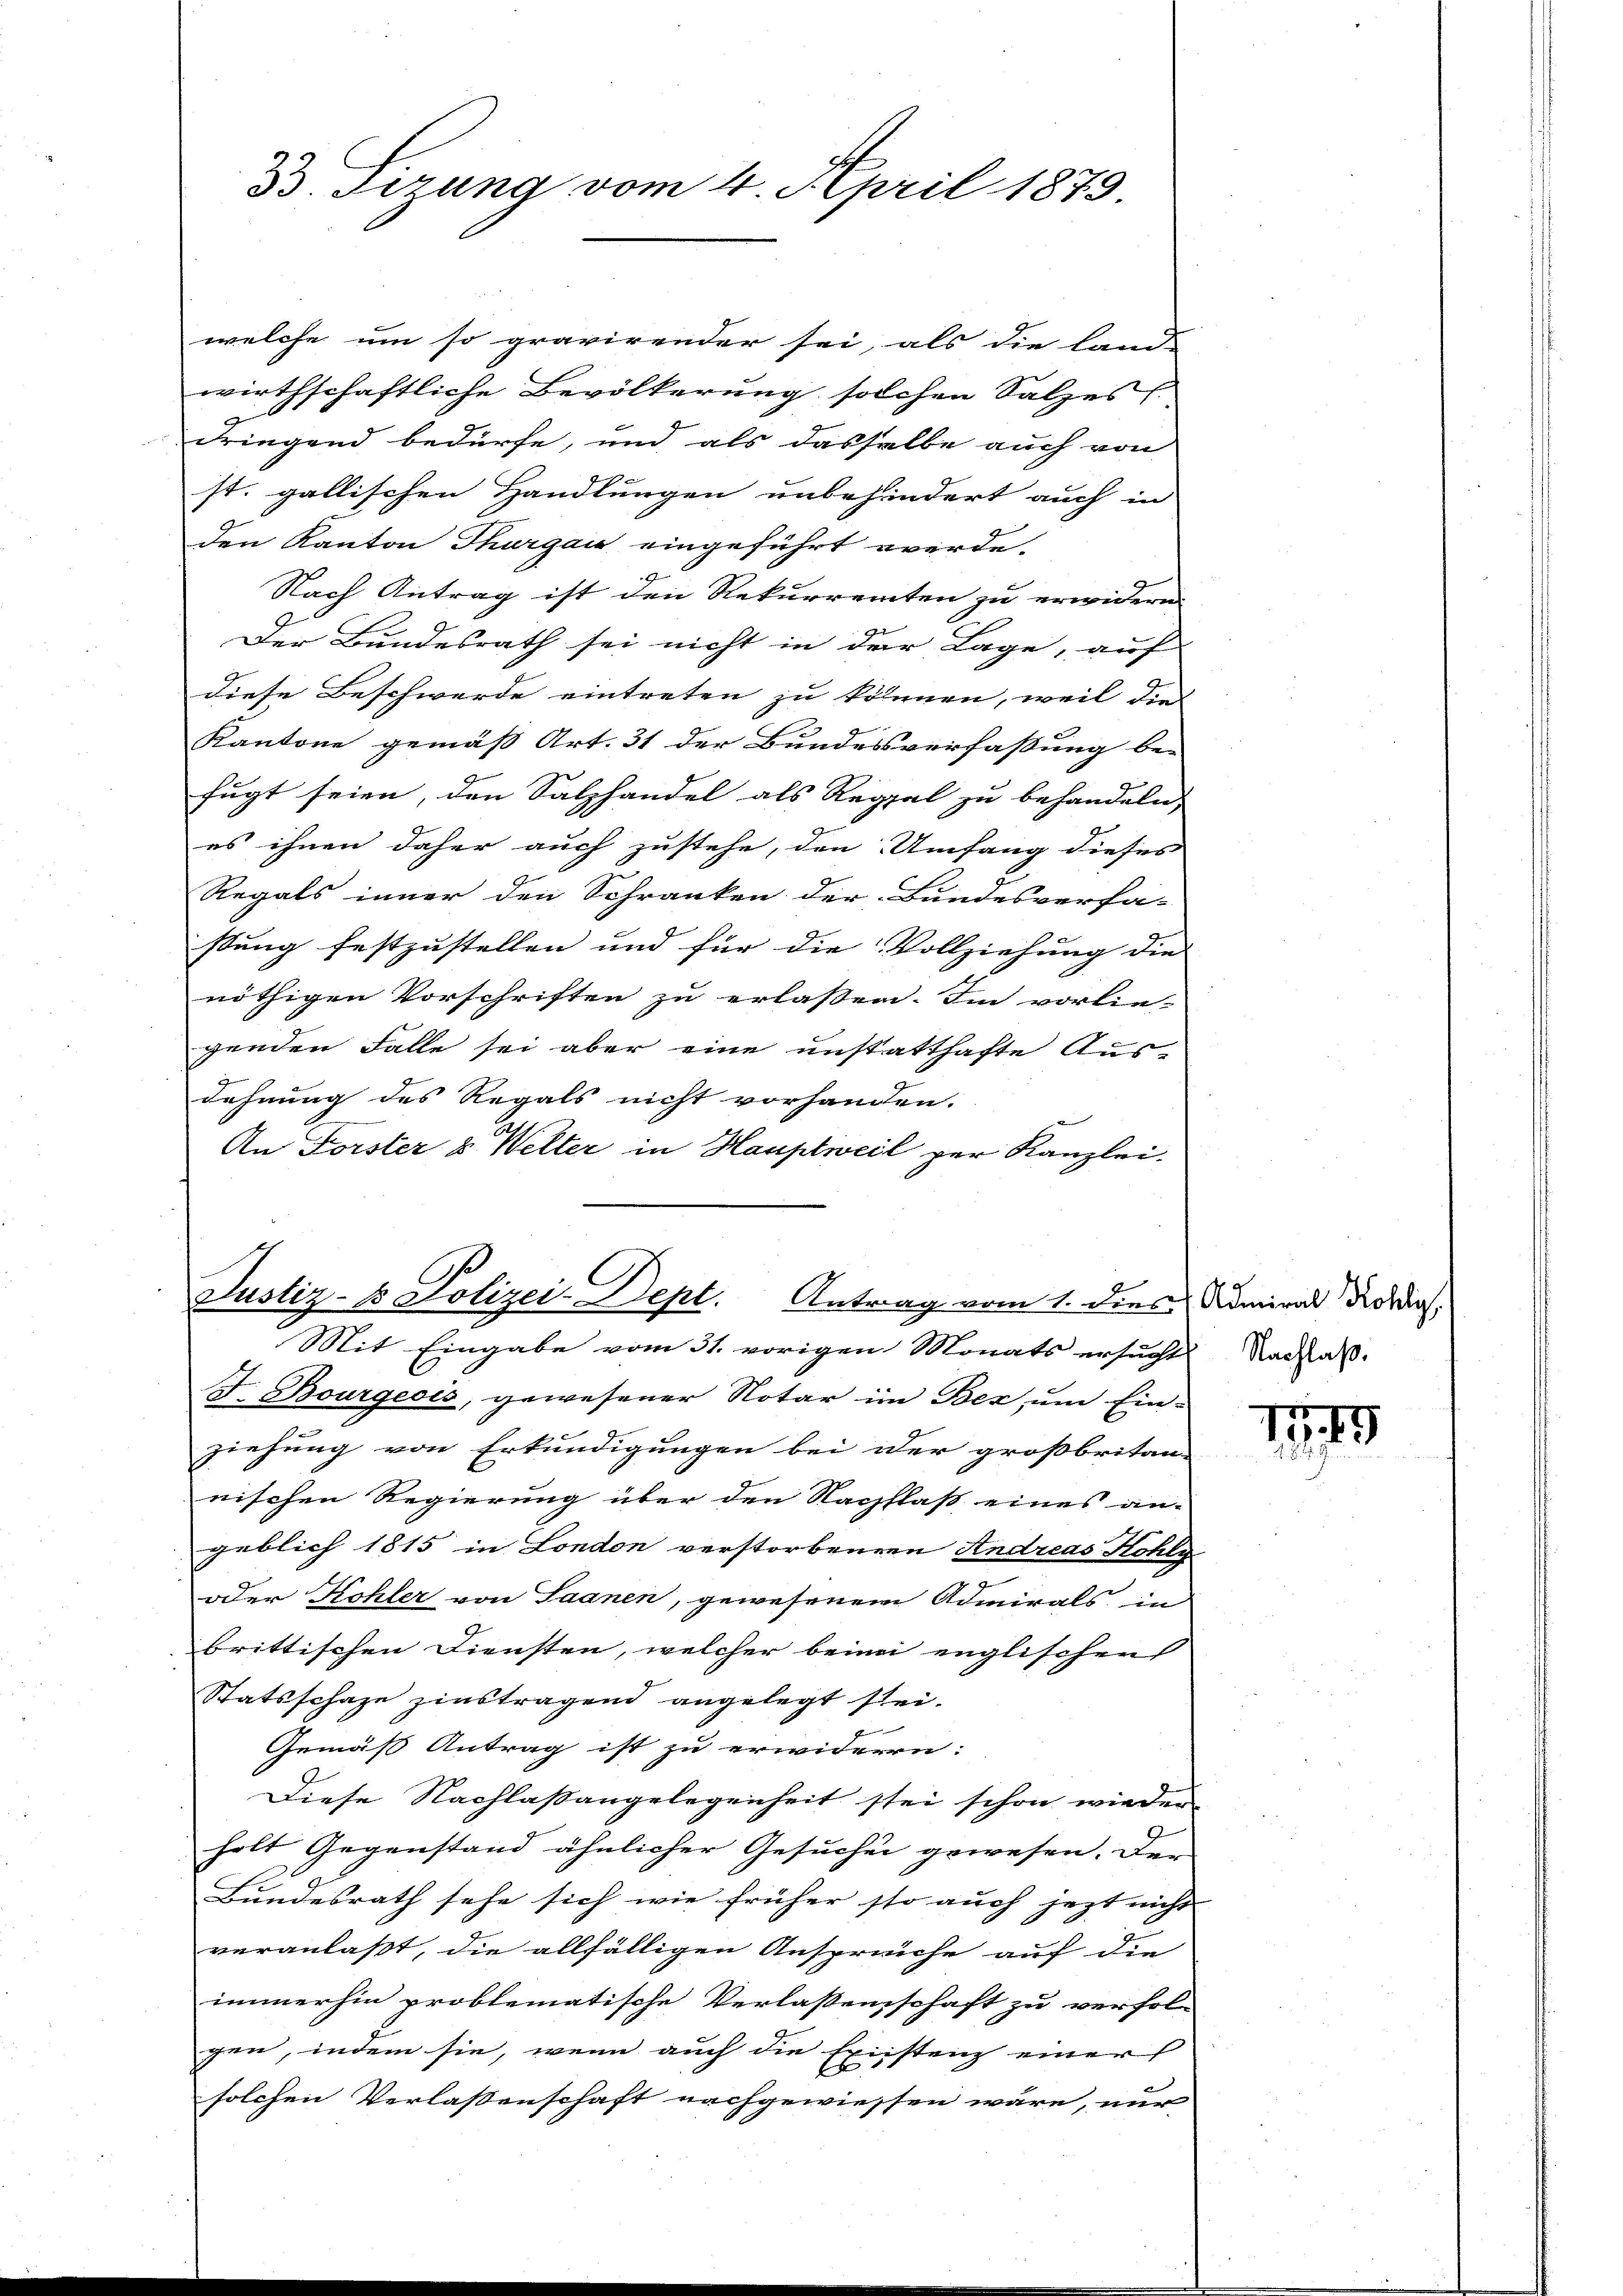
B. Tizung vom 4. April 1879.

welche um so gravirender sei, als die land-
wirthschaftliche Bevölkerung solchen Salzes
d
dringend bedürfe, und als dasselbe auch von
Form er
st. gallischen Handlungen unbehindert auch in
den Kanton Thurgau eingeführt werde.
Nach Antrag ist den Rekurrenten zu erwidern.
Der Bundesrath sei nicht in der Lage, auf
diese Beschwerde eintreten zu können, weil die
Kantone gemäß Art. 31 der Bundesverfassung be-
fugt seien, den Salzhandel als Regel zu behandeln,
es ihnen daher auch zustehe, den Umfang dieses
Regals inner den Schranken der Bundesverfa-
stung festzustellen und für die Vollziehung die |
nöthigen Vorschriften zu erlassen. Im vorlie-
genden Falle sei aber eine unstatthafte Ausdehnung des Regals nicht vorhanden.
An Forster & Welter in Hauptweil per Kanzlei-

F. Bourgeois, gewesener Notar im Bez um Ein-
ziehung von Erkundigungen bei der großbritan-
nischen Regierung über den Nachflaß eines an-
geblich 1815 in London verstorbenen Andreas Kohly-
oder Kohler von Saanen, gewesenem Admirals in
brittischen Diensten, welcher beim englischen
Statsschaze zinstragend angelegt sei.
Gemäß Antrag ist zu erwidern:
Diese Nachlaßangelegenheit stei schon wieder
holt Gegenstand ähnlicher Gesuchen gewesen. Der
Bundesrath sehe sich wie früher so auch jezt nicht
veranlaßt, die allfälligen Ansprüche auf die
immerhin problematische Verlaßenschaft zu verfol-
gen, indem sie, wenn auch die Existenz einer
E
solchen Verlassenschaft nachgewiessen wäre, nur

Justiz- & Polizei-Dept. Antrag vom 1. dies Admiral Rordos
Mit Eingabe vom 31. vorigen Monats ersucht Nachsaß.

17